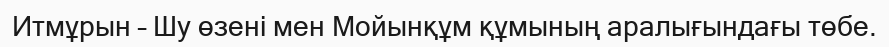
Итмұрын – Шу өзені мен Мойынқұм құмының аралығындағы төбе.